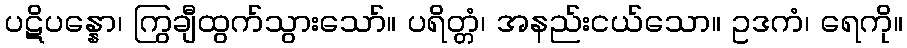
ပဋိပန္နော၊ ကြွချီထွက်သွားသော်။ ပရိတ္တံ၊ အနည်းငယ်သော။ ဥဒကံ၊ ရေကို။